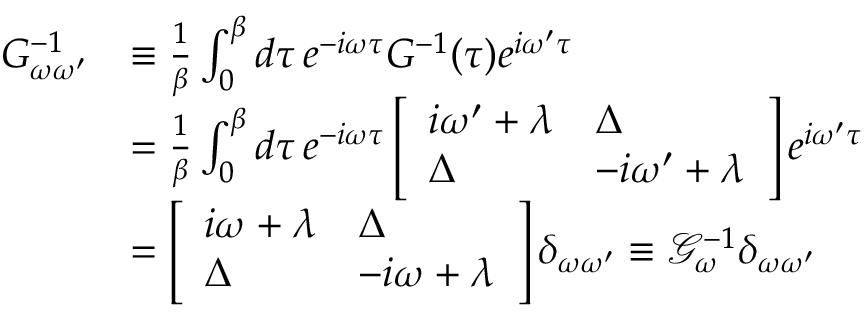
\begin{array} { r l } { G _ { \omega \omega ^ { \prime } } ^ { - 1 } } & { \equiv \frac { 1 } { \beta } \int _ { 0 } ^ { \beta } d \tau \, e ^ { - i \omega \tau } G ^ { - 1 } ( \tau ) e ^ { i \omega ^ { \prime } \tau } } \\ & { = \frac { 1 } { \beta } \int _ { 0 } ^ { \beta } d \tau \, e ^ { - i \omega \tau } \left[ \begin{array} { l l } { i \omega ^ { \prime } + \lambda } & { \Delta } \\ { \Delta } & { - i \omega ^ { \prime } + \lambda } \end{array} \right] e ^ { i \omega ^ { \prime } \tau } } \\ & { = \left[ \begin{array} { l l } { i \omega + \lambda } & { \Delta } \\ { \Delta } & { - i \omega + \lambda } \end{array} \right] \delta _ { \omega \omega ^ { \prime } } \equiv \mathcal { G } _ { \omega } ^ { - 1 } \delta _ { \omega \omega ^ { \prime } } } \end{array}